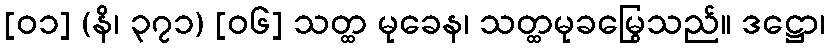
[၀၁] (နိ၊ ၃၇၁) [၀၆] သတ္ထ မုခေန၊ သတ္ထမုခမြွေသည်။ ဒဋ္ဌော၊